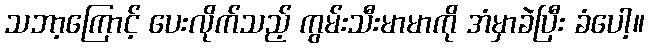
သဘာ့ကြောင့် ပေးလိုက်သည့် ကွမ်းသီးမာမာကို အံမှာခဲပြီး ခံပေါ့။